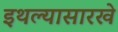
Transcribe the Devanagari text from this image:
इथल्यासारखे